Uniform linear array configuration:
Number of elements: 16
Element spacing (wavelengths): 0.5
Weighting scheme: binomial
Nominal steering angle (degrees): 30
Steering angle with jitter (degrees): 31.455
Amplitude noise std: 0.05
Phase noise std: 0.05

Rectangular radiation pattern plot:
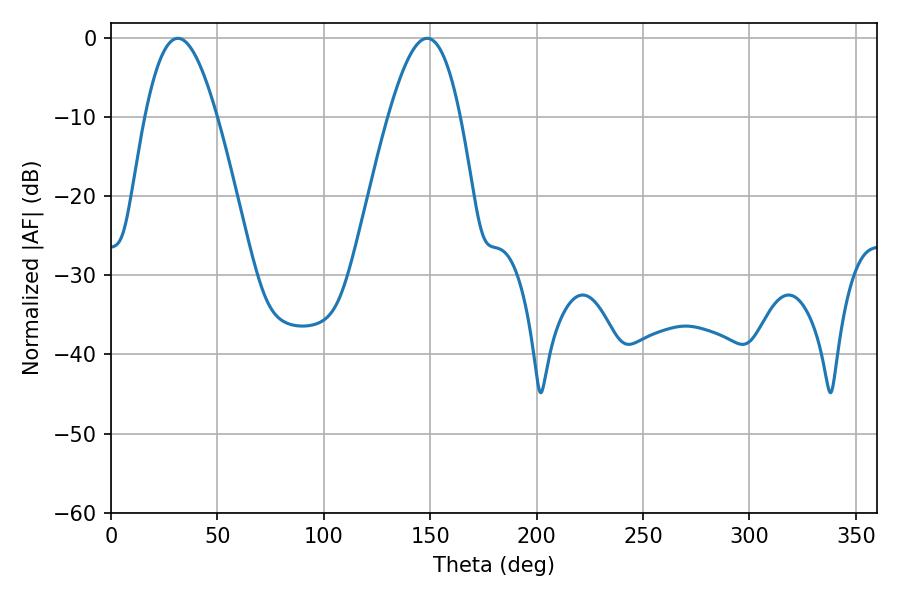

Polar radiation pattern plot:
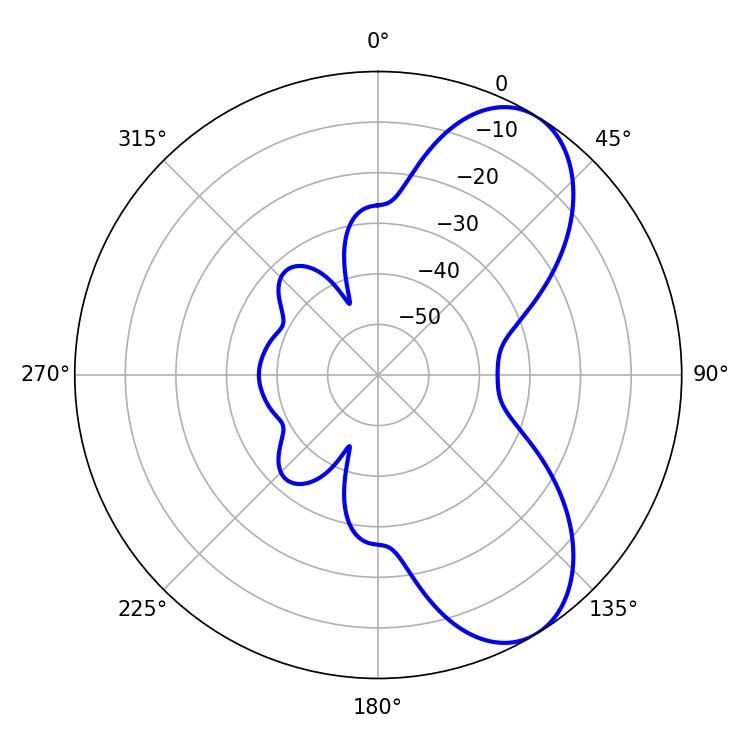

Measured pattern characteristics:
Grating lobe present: FALSE
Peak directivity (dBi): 7.356
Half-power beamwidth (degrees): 18.36
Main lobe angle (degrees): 31.5